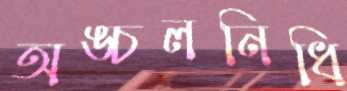
অঙ্চলনিধি